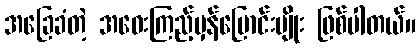
အခြေခံတဲ့ အဝေးကြည့်မှန်ပြောင်းမျိုး ဖြစ်ပါတယ်။